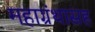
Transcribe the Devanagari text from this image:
महाग्रंथासह